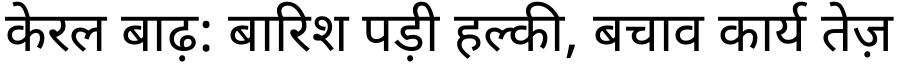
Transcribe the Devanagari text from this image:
केरल बाढ़: बारिश पड़ी हल्की, बचाव कार्य तेज़